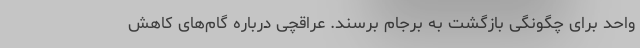
واحد برای چگونگی بازگشت به برجام برسند. عراقچی درباره گام‌های کاهش